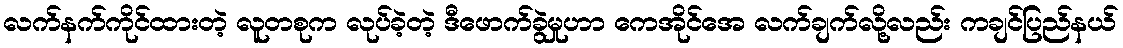
လက်နက်ကိုင်ထားတဲ့ လူတစုက လုပ်ခဲ့တဲ့ ဒီဖောက်ခွဲမှုဟာ ကေအိုင်အေ လက်ချက်လို့လည်း ကချင်ပြည်နယ်